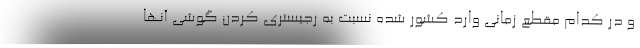
و در کدام مقطع زمانی وارد کشور شده نسبت به رجیستری کردن گوشی آنها